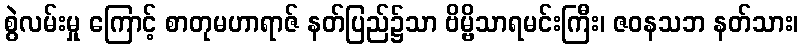
စွဲလမ်းမှု ကြောင့် စာတုမဟာရာဇ် နတ်ပြည်၌သာ ဗိမ္ဗိသာရမင်းကြီး၊ ဇဝနသဘ နတ်သား၊